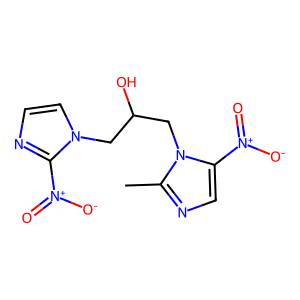
SMILES: Cc1ncc([N+](=O)[O-])n1CC(O)Cn1ccnc1[N+](=O)[O-]
Inhibits HIV replication: No